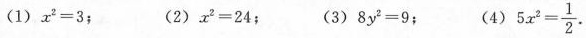
(1)$$x ^ { 2 } = 3$$； (2)$$x ^ { 2 } = 2 4$$； (3)$$8 y ^ { 2 } = 9$$； $$5 x ^ { 2 } = \frac { 1 } { 2 }$$